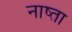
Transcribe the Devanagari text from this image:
नाष्ता